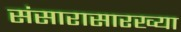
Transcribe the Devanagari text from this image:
संसारासारख्या